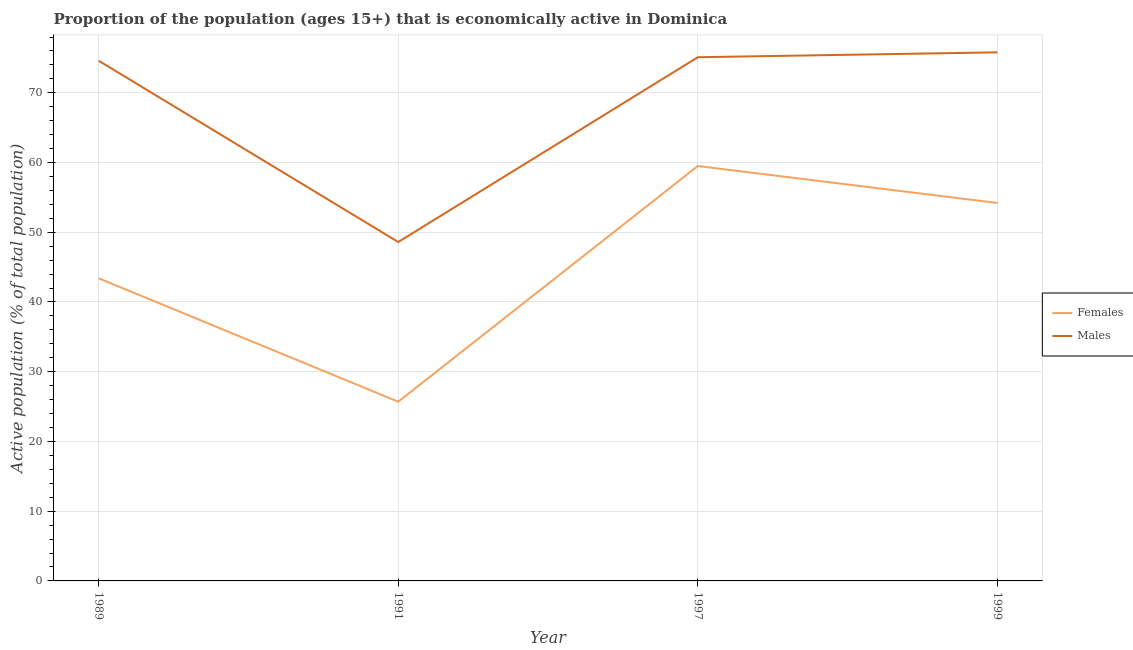
| Year | Females | Males |
 | --- | --- | --- |
 | 1989 | 43.4 | 74.6 |
 | 1991 | 25.7 | 48.6 |
 | 1997 | 59.5 | 75.1 |
 | 1999 | 54.2 | 75.8 |